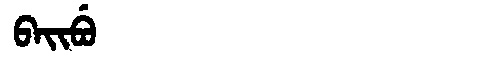
Manchu: ᠪᠠᡳᠪᡠ
Romanization: BAIBU